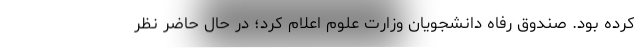
کرده بود. صندوق رفاه دانشجویان وزارت علوم اعلام کرد؛ در حال حاضر نظر